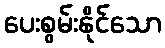
ပေးစွမ်းနိုင်သော